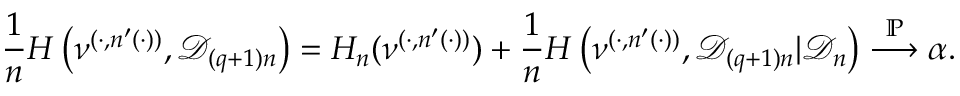
\frac { 1 } { n } H \left( \nu ^ { ( \cdot , n ^ { \prime } ( \cdot ) ) } , { \mathcal D } _ { ( q + 1 ) n } \right) = H _ { n } ( \nu ^ { ( \cdot , n ^ { \prime } ( \cdot ) ) } ) + \frac { 1 } { n } H \left( \nu ^ { ( \cdot , n ^ { \prime } ( \cdot ) ) } , { \mathcal D } _ { ( q + 1 ) n } | { \mathcal D } _ { n } \right) \overset { \mathbb P } { \longrightarrow } \alpha .